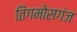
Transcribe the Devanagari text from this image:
तिंगमोसगंज